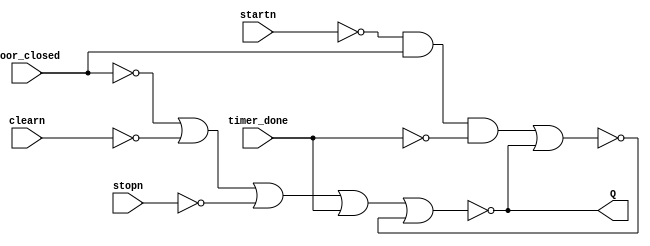
module Controle_do_Magnetron (input startn, input stopn, input clearn, input door_closed, input timer_done, output Q);

wire set_int, reset_int;

assign set_int = (~startn) && door_closed && (~timer_done);
assign reset_int = (~door_closed) || (~clearn) || ~stopn || timer_done;

wire Q_int, Qn_int;
 
assign Q_int  = ~(reset_int || Qn_int);
assign Qn_int = ~(set_int || Q_int);
assign Q = Q_int;


endmodule